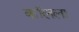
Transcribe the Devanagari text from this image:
कॉलला